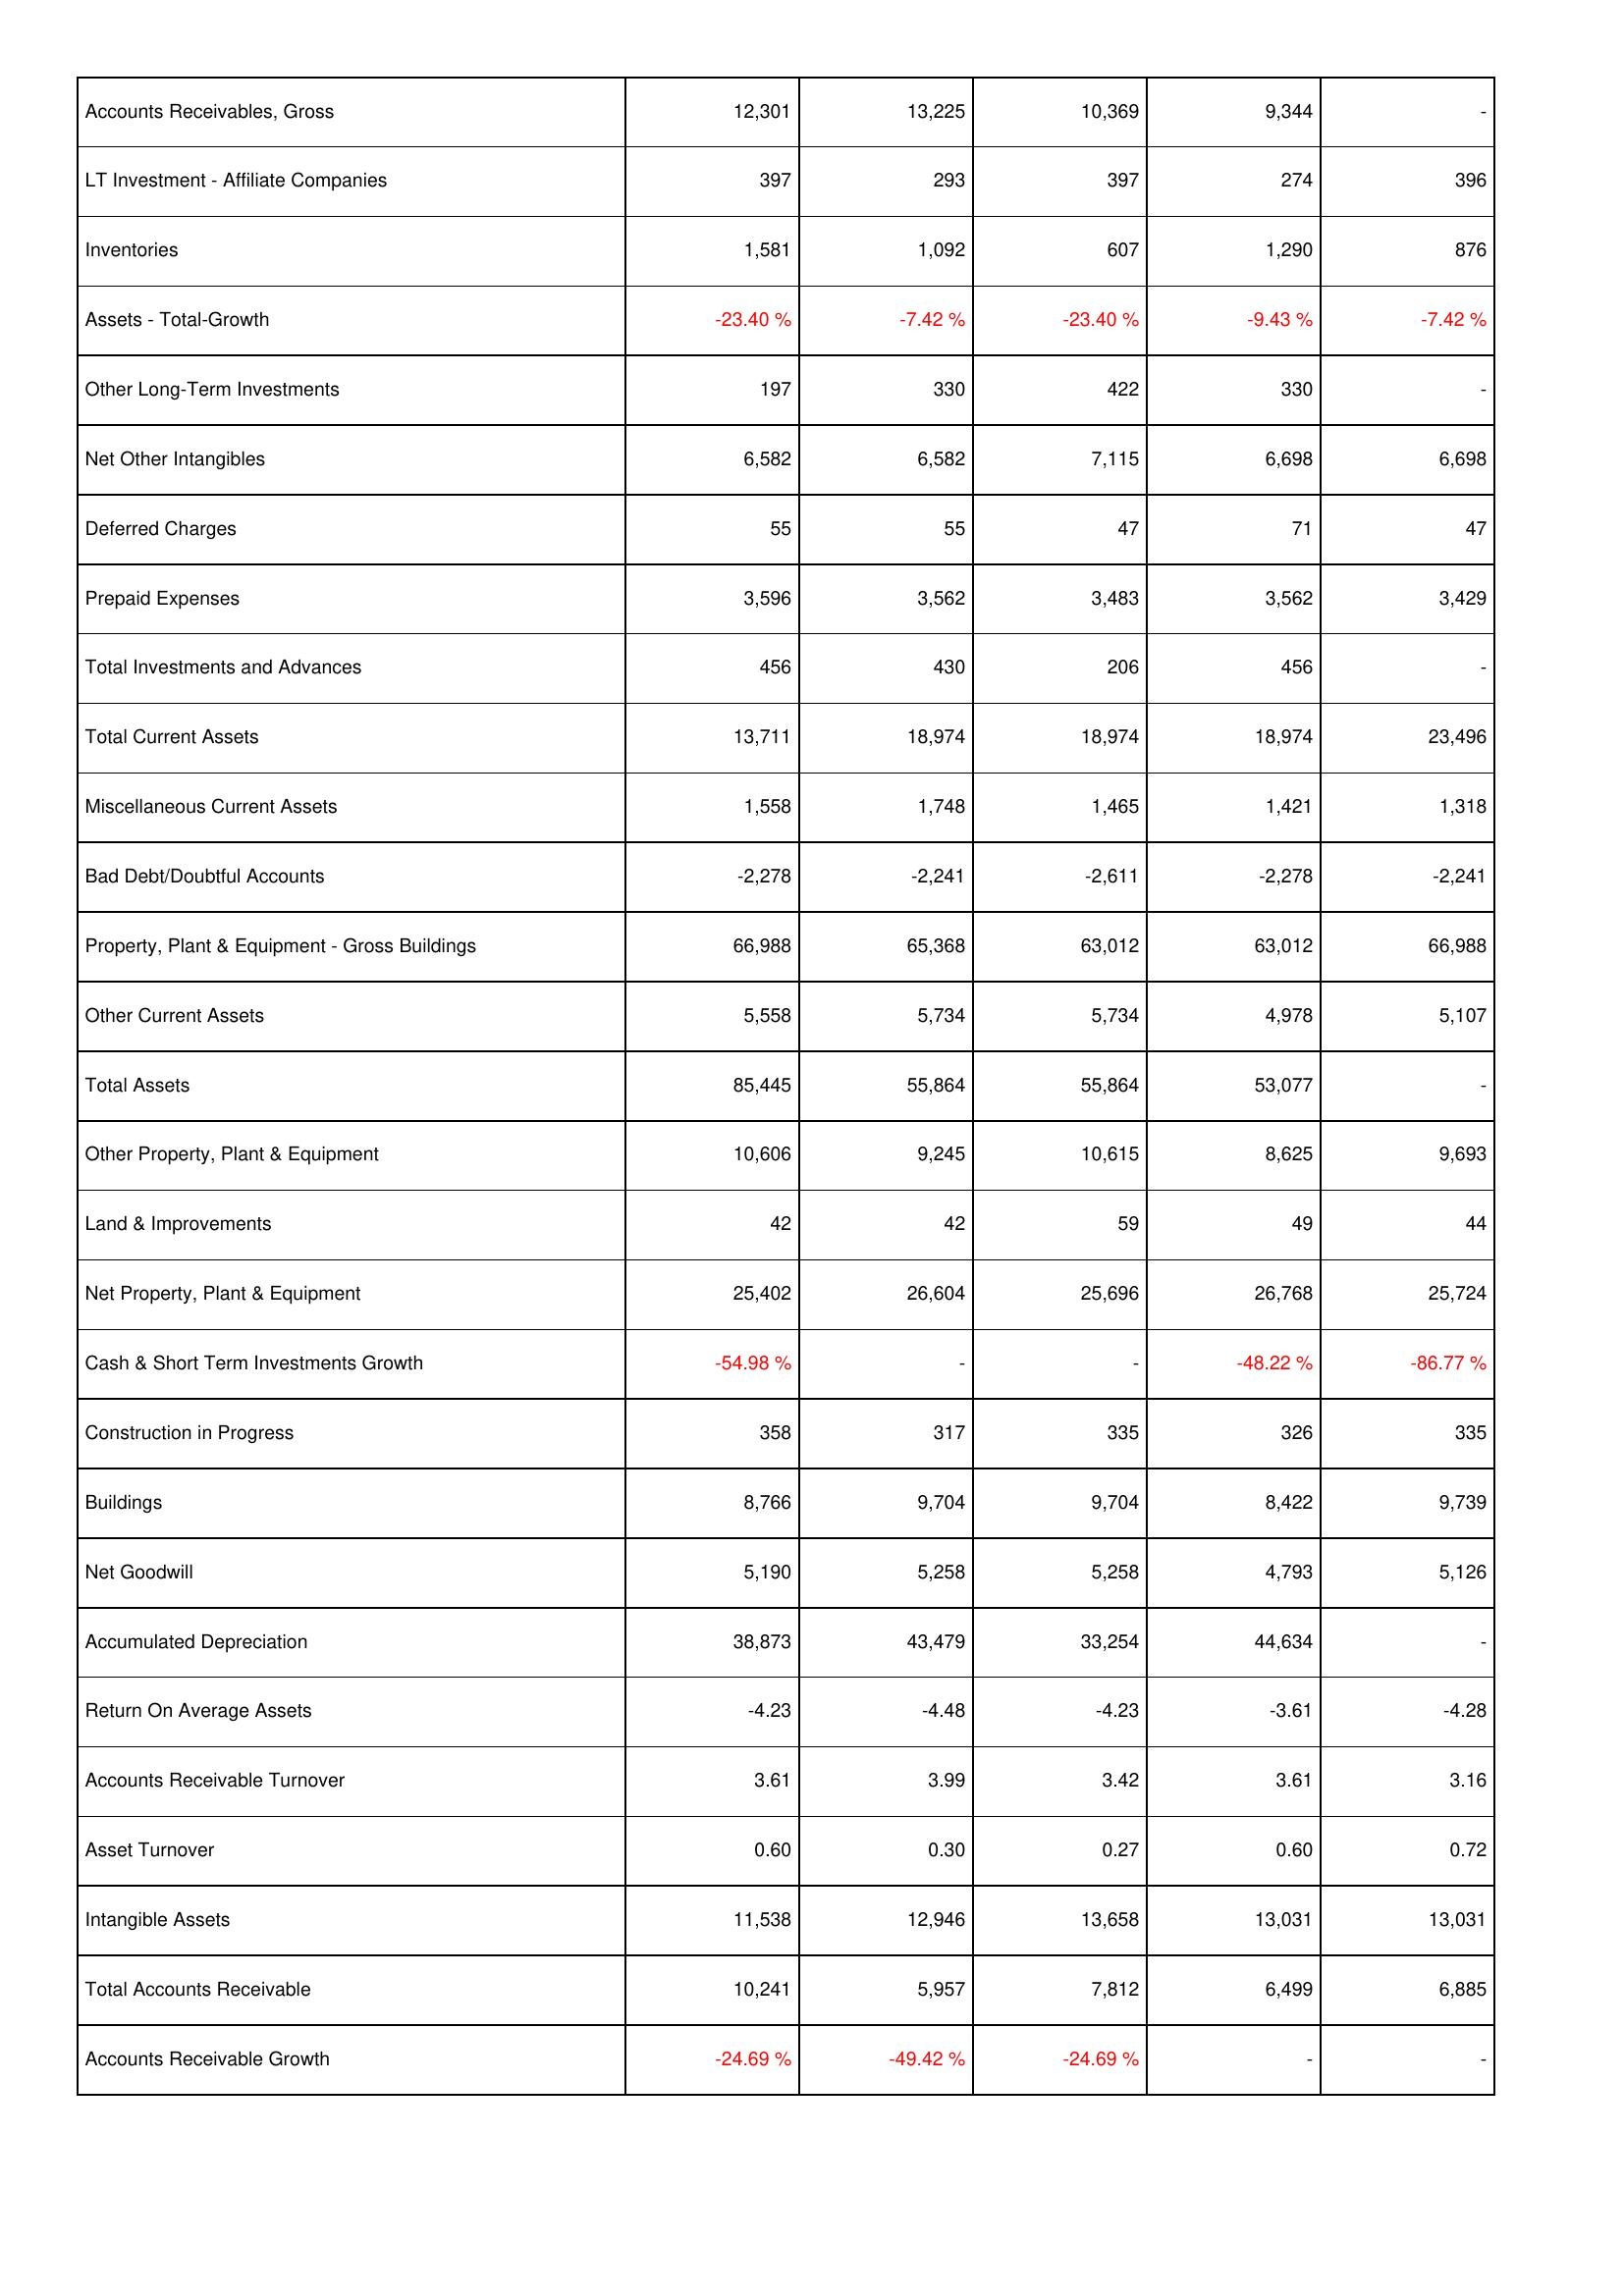
2011: Assets: Accounts Receivables, Gross: 12,301
LT Investment - Affiliate Companies: 397
Inventories: 1,581
Assets - Total-Growth: -23.40 %
Other Long-Term Investments: 197
Net Other Intangibles: 6,582
Deferred Charges: 55
Prepaid Expenses: 3,596
Total Investments and Advances: 456
Total Current Assets: 13,711
Miscellaneous Current Assets: 1,558
Bad Debt/Doubtful Accounts: -2,278
Property, Plant & Equipment - Gross Buildings: 66,988
Other Current Assets: 5,558
Total Assets: 85,445
Other Property, Plant & Equipment: 10,606
Land & Improvements: 42
Net Property, Plant & Equipment: 25,402
Cash & Short Term Investments Growth: -54.98 %
Construction in Progress: 358
Buildings: 8,766
Net Goodwill: 5,190
Accumulated Depreciation: 38,873
Return On Average Assets: -4.23
Accounts Receivable Turnover: 3.61
Asset Turnover: 0.60
Intangible Assets: 11,538
Total Accounts Receivable: 10,241
Accounts Receivable Growth: -24.69 %
2010: Assets: Accounts Receivables, Gross: 13,225
LT Investment - Affiliate Companies: 293
Inventories: 1,092
Assets - Total-Growth: -7.42 %
Other Long-Term Investments: 330
Net Other Intangibles: 6,582
Deferred Charges: 55
Prepaid Expenses: 3,562
Total Investments and Advances: 430
Total Current Assets: 18,974
Miscellaneous Current Assets: 1,748
Bad Debt/Doubtful Accounts: -2,241
Property, Plant & Equipment - Gross Buildings: 65,368
Other Current Assets: 5,734
Total Assets: 55,864
Other Property, Plant & Equipment: 9,245
Land & Improvements: 42
Net Property, Plant & Equipment: 26,604
Cash & Short Term Investments Growth: -
Construction in Progress: 317
Buildings: 9,704
Net Goodwill: 5,258
Accumulated Depreciation: 43,479
Return On Average Assets: -4.48
Accounts Receivable Turnover: 3.99
Asset Turnover: 0.30
Intangible Assets: 12,946
Total Accounts Receivable: 5,957
Accounts Receivable Growth: -49.42 %
2009: Assets: Accounts Receivables, Gross: 10,369
LT Investment - Affiliate Companies: 397
Inventories: 607
Assets - Total-Growth: -23.40 %
Other Long-Term Investments: 422
Net Other Intangibles: 7,115
Deferred Charges: 47
Prepaid Expenses: 3,483
Total Investments and Advances: 206
Total Current Assets: 18,974
Miscellaneous Current Assets: 1,465
Bad Debt/Doubtful Accounts: -2,611
Property, Plant & Equipment - Gross Buildings: 63,012
Other Current Assets: 5,734
Total Assets: 55,864
Other Property, Plant & Equipment: 10,615
Land & Improvements: 59
Net Property, Plant & Equipment: 25,696
Cash & Short Term Investments Growth: -
Construction in Progress: 335
Buildings: 9,704
Net Goodwill: 5,258
Accumulated Depreciation: 33,254
Return On Average Assets: -4.23
Accounts Receivable Turnover: 3.42
Asset Turnover: 0.27
Intangible Assets: 13,658
Total Accounts Receivable: 7,812
Accounts Receivable Growth: -24.69 %
2008: Assets: Accounts Receivables, Gross: 9,344
LT Investment - Affiliate Companies: 274
Inventories: 1,290
Assets - Total-Growth: -9.43 %
Other Long-Term Investments: 330
Net Other Intangibles: 6,698
Deferred Charges: 71
Prepaid Expenses: 3,562
Total Investments and Advances: 456
Total Current Assets: 18,974
Miscellaneous Current Assets: 1,421
Bad Debt/Doubtful Accounts: -2,278
Property, Plant & Equipment - Gross Buildings: 63,012
Other Current Assets: 4,978
Total Assets: 53,077
Other Property, Plant & Equipment: 8,625
Land & Improvements: 49
Net Property, Plant & Equipment: 26,768
Cash & Short Term Investments Growth: -48.22 %
Construction in Progress: 326
Buildings: 8,422
Net Goodwill: 4,793
Accumulated Depreciation: 44,634
Return On Average Assets: -3.61
Accounts Receivable Turnover: 3.61
Asset Turnover: 0.60
Intangible Assets: 13,031
Total Accounts Receivable: 6,499
Accounts Receivable Growth: -
2007: Assets: Accounts Receivables, Gross: -
LT Investment - Affiliate Companies: 396
Inventories: 876
Assets - Total-Growth: -7.42 %
Other Long-Term Investments: -
Net Other Intangibles: 6,698
Deferred Charges: 47
Prepaid Expenses: 3,429
Total Investments and Advances: -
Total Current Assets: 23,496
Miscellaneous Current Assets: 1,318
Bad Debt/Doubtful Accounts: -2,241
Property, Plant & Equipment - Gross Buildings: 66,988
Other Current Assets: 5,107
Total Assets: -
Other Property, Plant & Equipment: 9,693
Land & Improvements: 44
Net Property, Plant & Equipment: 25,724
Cash & Short Term Investments Growth: -86.77 %
Construction in Progress: 335
Buildings: 9,739
Net Goodwill: 5,126
Accumulated Depreciation: -
Return On Average Assets: -4.28
Accounts Receivable Turnover: 3.16
Asset Turnover: 0.72
Intangible Assets: 13,031
Total Accounts Receivable: 6,885
Accounts Receivable Growth: -